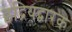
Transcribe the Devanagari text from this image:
इद्रियद्वारक